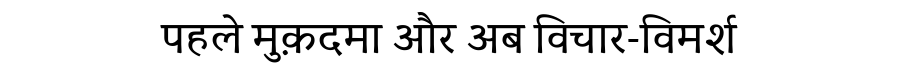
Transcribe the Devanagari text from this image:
पहले मुक़दमा और अब विचार-विमर्श